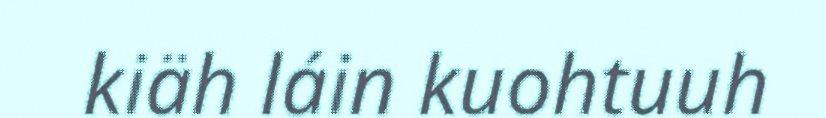
kiäh láin kuohtuuh